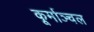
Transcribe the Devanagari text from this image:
कूर्माञ्चल